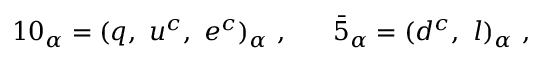
1 0 _ { \alpha } = ( q , ~ u ^ { c } , ~ e ^ { c } ) _ { \alpha } ~ , ~ ~ ~ ~ ~ \bar { 5 } _ { \alpha } = ( d ^ { c } , ~ l ) _ { \alpha } ~ ,